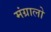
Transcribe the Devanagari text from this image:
मंग्रालो